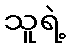
သူရဲ့